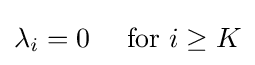
\lambda _{i}=0\quad {\text{ for }}i\geq K